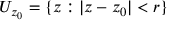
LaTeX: U _ { z _ { 0 } } = \{ z : | z - z _ { 0 } | < r \}